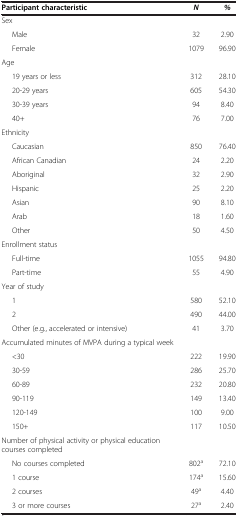
<table><thead><tr><td><b>Participant characteristic</b></td><td><b><i>N</i></b></td><td><b><i>%</i></b></td></tr></thead><tbody><tr><td>Sex</td><td> </td><td> </td></tr><tr><td>Male</td><td>32</td><td>2.90</td></tr><tr><td>Female</td><td>1079</td><td>96.90</td></tr><tr><td>Age</td><td> </td><td> </td></tr><tr><td>19 years or less</td><td>312</td><td>28.10</td></tr><tr><td>20-29 years</td><td>605</td><td>54.30</td></tr><tr><td>30-39 years</td><td>94</td><td>8.40</td></tr><tr><td>40+</td><td>76</td><td>7.00</td></tr><tr><td>Ethnicity</td><td> </td><td> </td></tr><tr><td>Caucasian</td><td>850</td><td>76.40</td></tr><tr><td>African Canadian</td><td>24</td><td>2.20</td></tr><tr><td>Aboriginal</td><td>32</td><td>2.90</td></tr><tr><td>Hispanic</td><td>25</td><td>2.20</td></tr><tr><td>Asian</td><td>90</td><td>8.10</td></tr><tr><td>Arab</td><td>18</td><td>1.60</td></tr><tr><td>Other</td><td>50</td><td>4.50</td></tr><tr><td>Enrollment status</td><td> </td><td> </td></tr><tr><td>Full-time</td><td>1055</td><td>94.80</td></tr><tr><td>Part-time</td><td>55</td><td>4.90</td></tr><tr><td>Year of study</td><td> </td><td> </td></tr><tr><td>1</td><td>580</td><td>52.10</td></tr><tr><td>2</td><td>490</td><td>44.00</td></tr><tr><td>Other (e.g., accelerated or intensive)</td><td>41</td><td>3.70</td></tr><tr><td>Accumulated minutes of MVPA during a typical week</td><td> </td><td> </td></tr><tr><td>&lt;30</td><td>222</td><td>19.90</td></tr><tr><td>30-59</td><td>286</td><td>25.70</td></tr><tr><td>60-89</td><td>232</td><td>20.80</td></tr><tr><td>90-119</td><td>149</td><td>13.40</td></tr><tr><td>120-149</td><td>100</td><td>9.00</td></tr><tr><td>150+</td><td>117</td><td>10.50</td></tr><tr><td>Number of physical activity or physical education courses completed</td><td> </td><td> </td></tr><tr><td>No courses completed</td><td>802<sup>a</sup></td><td>72.10</td></tr><tr><td>1 course</td><td>174<sup>a</sup></td><td>15.60</td></tr><tr><td>2 courses</td><td>49<sup>a</sup></td><td>4.40</td></tr><tr><td>3 or more courses</td><td>27<sup>a</sup></td><td>2.40</td></tr></tbody></table>